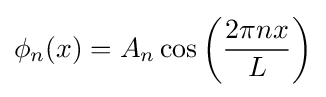
\phi _{n}(x)=A_{n}\cos \left({\frac {2\pi nx}{L}}\right)